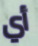
أي